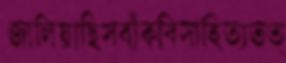
জালিয়াছিসবাঁকবিসাহিত্যতত্